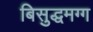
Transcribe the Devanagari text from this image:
बिसुद्धमग्ग